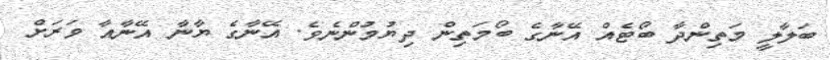
ބަލާލީ މަތިންދާ ބޯޓެއް އޭނާގެ ބޯމަތިން ދިޔުމުންނެވެ. އޭނާގެ ޔާނާ އޭނާއާ ވަރަށް